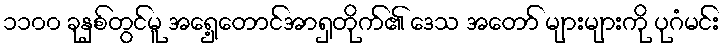
၁၁၀၀ ခုနှစ်တွင်မူ အရှေ့တောင်အာရှတိုက်၏ ဒေသ အတော် များများကို ပုဂံမင်း